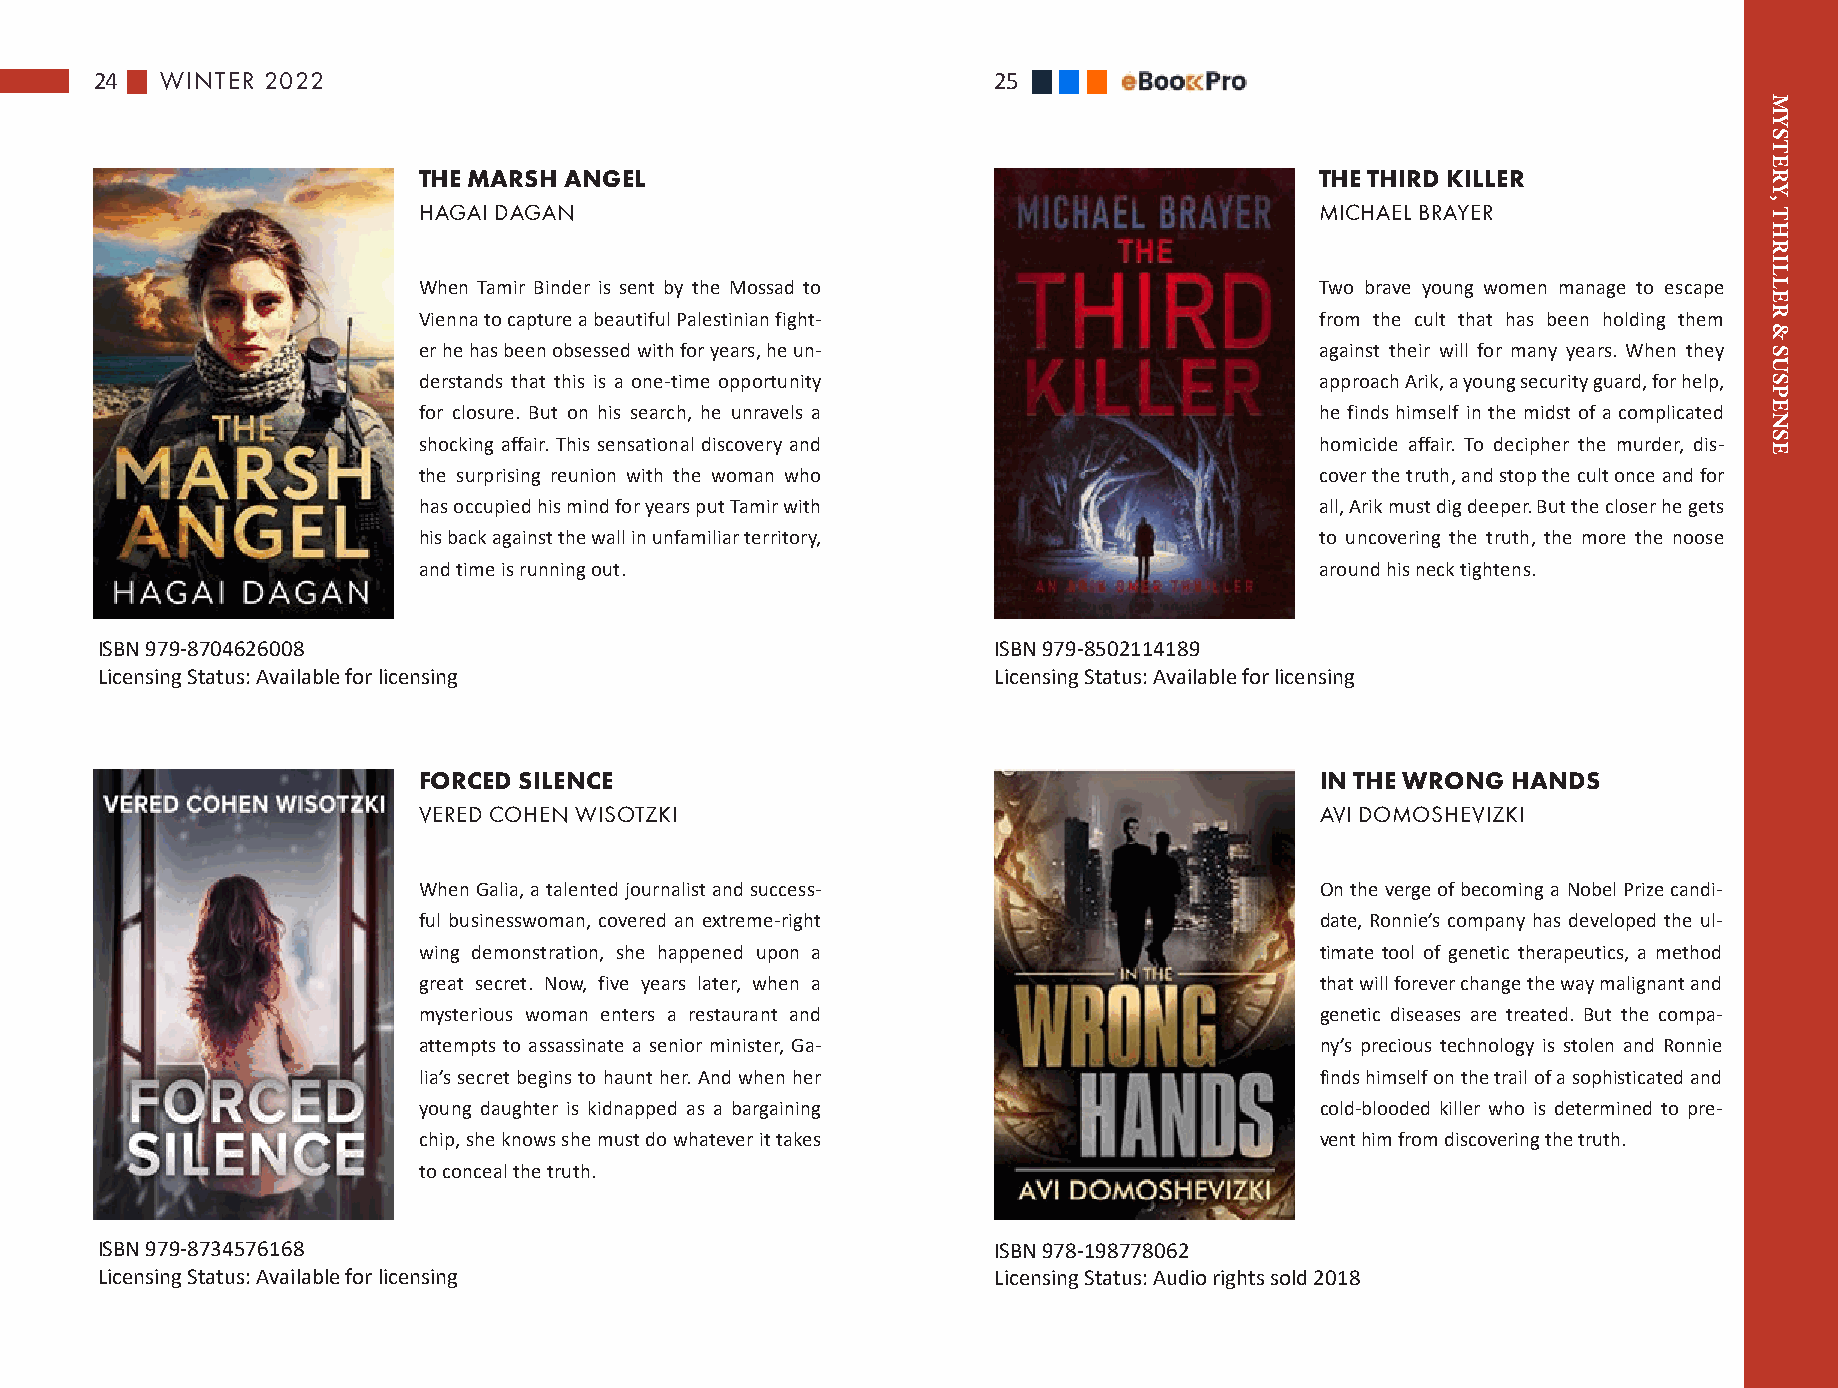
24   WINTER 2022                                            25
 THE MARSH ANGEL                                            THE THIRD KILLER
 HAGAI DAGAN                                                MICHAEL BRAYER
 When Tamir Binder is sent by the Mossad to                 Two brave young women manage to escape
 Vienna to capture a beautiful Palestinian fight-           from the cult that has been holding them
 er he has been obsessed with for years, he un-             against their will for many years. When they
 derstands that this is a one-time opportunity              approach Arik, a young security guard, for help,
 for closure. But on his search, he unravels a              he finds himself in the midst of a complicated
 shocking affair. This sensational discovery and            homicide affair. To decipher the murder, dis-
 the surprising reunion with the woman who                  cover the truth, and stop the cult once and for
 has occupied his mind for years put Tamir with             all, Arik must dig deeper. But the closer he gets
 his back against the wall in unfamiliar territory,         to uncovering the truth, the more the noose
 and time is running out.                                   around his neck tightens.
 ISBN 979-8704626008                                         ISBN 979-8502114189
 Licensing Status: Available for licensing                   Licensing Status: Available for licensing
 FORCED SILENCE                                             IN THE WRONG HANDS
 VERED COHEN WISOTZKI                                       AVI DOMOSHEVIZKI
 When Galia, a talented journalist and success-             On the verge of becoming a Nobel Prize candi-
 ful businesswoman, covered an extreme-right                date, Ronnie’s company has developed the ul-
 wing demonstration, she happened upon a                    timate tool of genetic therapeutics, a method
 great secret. Now, five years later, when a                that will forever change the way malignant and
 mysterious woman enters a restaurant and                   genetic diseases are treated. But the compa-
 attempts to assassinate a senior minister, Ga-             ny’s precious technology is stolen and Ronnie
 lia’s secret begins to haunt her. And when her             finds himself on the trail of a sophisticated and
 young daughter is kidnapped as a bargaining                cold-blooded killer who is determined to pre-
 chip, she knows she must do whatever it takes              vent him from discovering the truth.
 to conceal the truth.
 ISBN 979-8734576168                                         ISBN 978-198778062
 Licensing Status: Available for licensing                   Licensing Status: Audio rights sold 2018
 MYSTERY,
 THRILLER
 &
 SUSPENSE